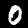
Label: 0